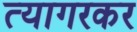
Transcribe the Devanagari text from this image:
त्यागरकर